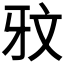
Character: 𭷏